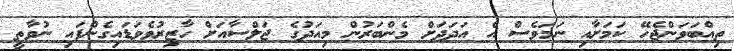
ތިއްބަވަންޖެހޭ ކަމަށާއި ނަމަވެސް އެ އަދަދަށް މެންބަރުން މިއަދުގެ ޖަލްސާއަށް ހާޒިރުވެވަޑައިގެންފައި ނުވާތީ